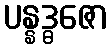
ပန္နဒ္ဓဇော